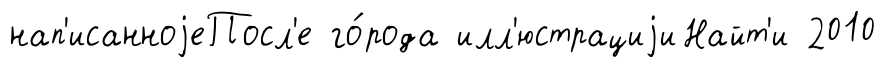
нап'исанноjеПосл'е го́рода илл'юстрациjиНайт'и 2010